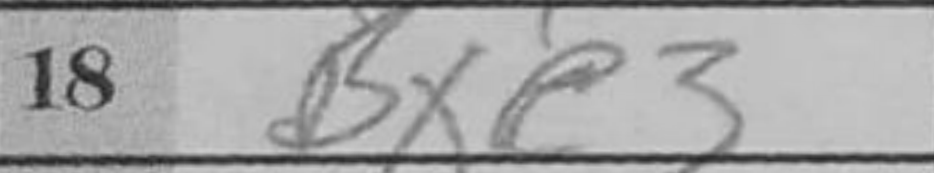
Transcription: Bxe3